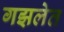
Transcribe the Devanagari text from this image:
गझलेत